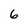
Character: 6